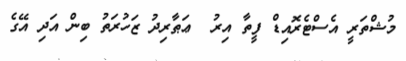
މުޝްތަރީ އެސްޓެރޮއިޑް ފީތާ އިރު  ޢަޠާރިދު ޒަހުރަތު ބިން އަދި އޭގެ